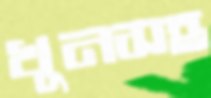
খুনসহ